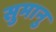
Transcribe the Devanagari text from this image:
सुमानु